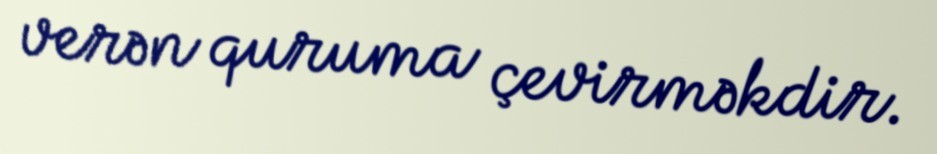
verən quruma çevirməkdir.